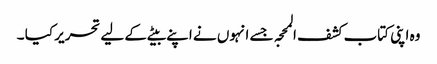
وہ اپنی کتاب کشف المحجہ جسے انہوں نے اپنے بیٹے کے لیے تحریر کیا ۔